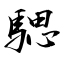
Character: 騦